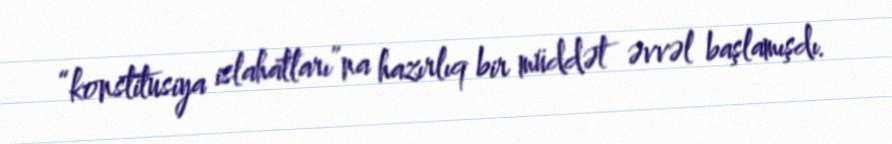
“konstitusiya islahatları”na hazırlıq bir müddət əvvəl başlamışdı.